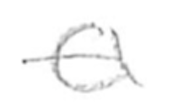
Text: a
Cross-out: single-line
Writing tool: pencil